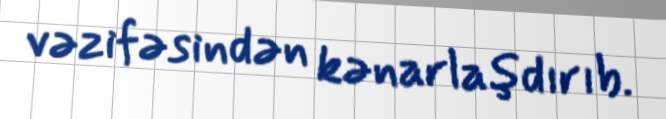
vəzifəsindən kənarlaşdırıb.